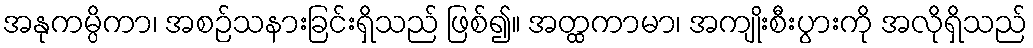
အနုကမ္ပိကာ၊ အစဉ်သနားခြင်းရှိသည် ဖြစ်၍။ အတ္ထကာမာ၊ အကျိုးစီးပွားကို အလိုရှိသည်